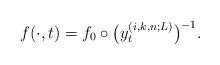
LaTeX: \begin{align*}f(\cdot, t)=f_0 \circ \big(y^{(i,k,n;L)}_t\big)^{-1}.\end{align*}